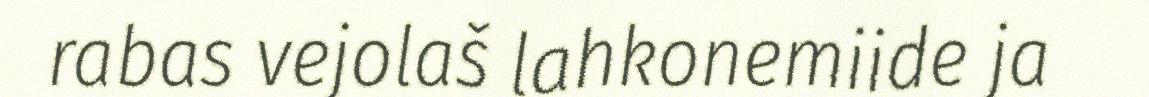
rabas vejolaš lahkonemiide ja